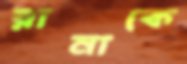
রানাকে